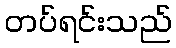
တပ်ရင်းသည်